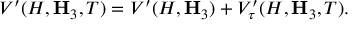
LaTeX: V ^ { \prime } ( H , { \bf H } _ { 3 } , T ) = V ^ { \prime } ( H , { \bf H } _ { 3 } ) + V _ { \tau } ^ { \prime } ( H , { \bf H } _ { 3 } , T ) .